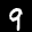
Label: 9